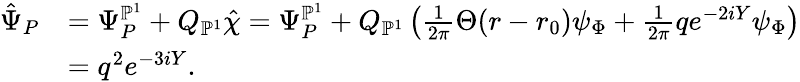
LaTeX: \begin{array}{rl}{\hat{\Psi}_{P}}&{=\Psi_{P}^{\mathbb{P}^{1}}+Q_{\mathbb{P}^{1}}\hat{\chi}=\Psi_{P}^{\mathbb{P}^{1}}+Q_{\mathbb{P}^{1}}\left(\frac{1}{2\pi}\Theta(r-r_{0})\psi_{\Phi}+\frac{1}{2\pi}qe^{-2iY}\psi_{\Phi}\right)}\\ &{=q^{2}e^{-3iY}.}\end{array}